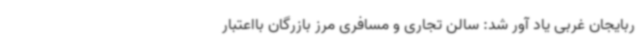
ربایجان غربی یاد آور شد: سالن تجاری و مسافری مرز بازرگان بااعتبار